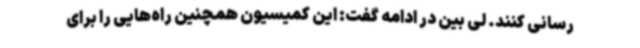
رسانی کنند. لی بین در ادامه گفت: این کمیسیون همچنین راه‌هایی را برای